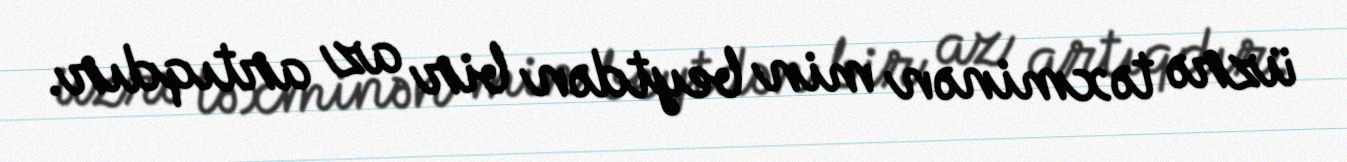
üzrə təxminən min beytdən bir az artıqdır.